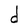
Character: d